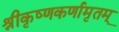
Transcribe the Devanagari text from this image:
श्रीकृष्णकर्णामृतम्